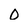
Character: O